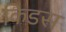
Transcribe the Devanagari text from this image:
किडस